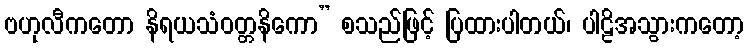
ဗဟုလီကတော နိရယသံဝတ္တနိကော” စသည်ဖြင့် ပြထားပါတယ်၊ ပါဠိအသွားကတော့